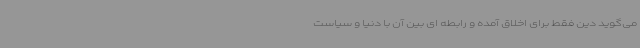
می‌گوید دین فقط برای اخلاق آمده و رابطه ای بین آن با دنیا و سیاست